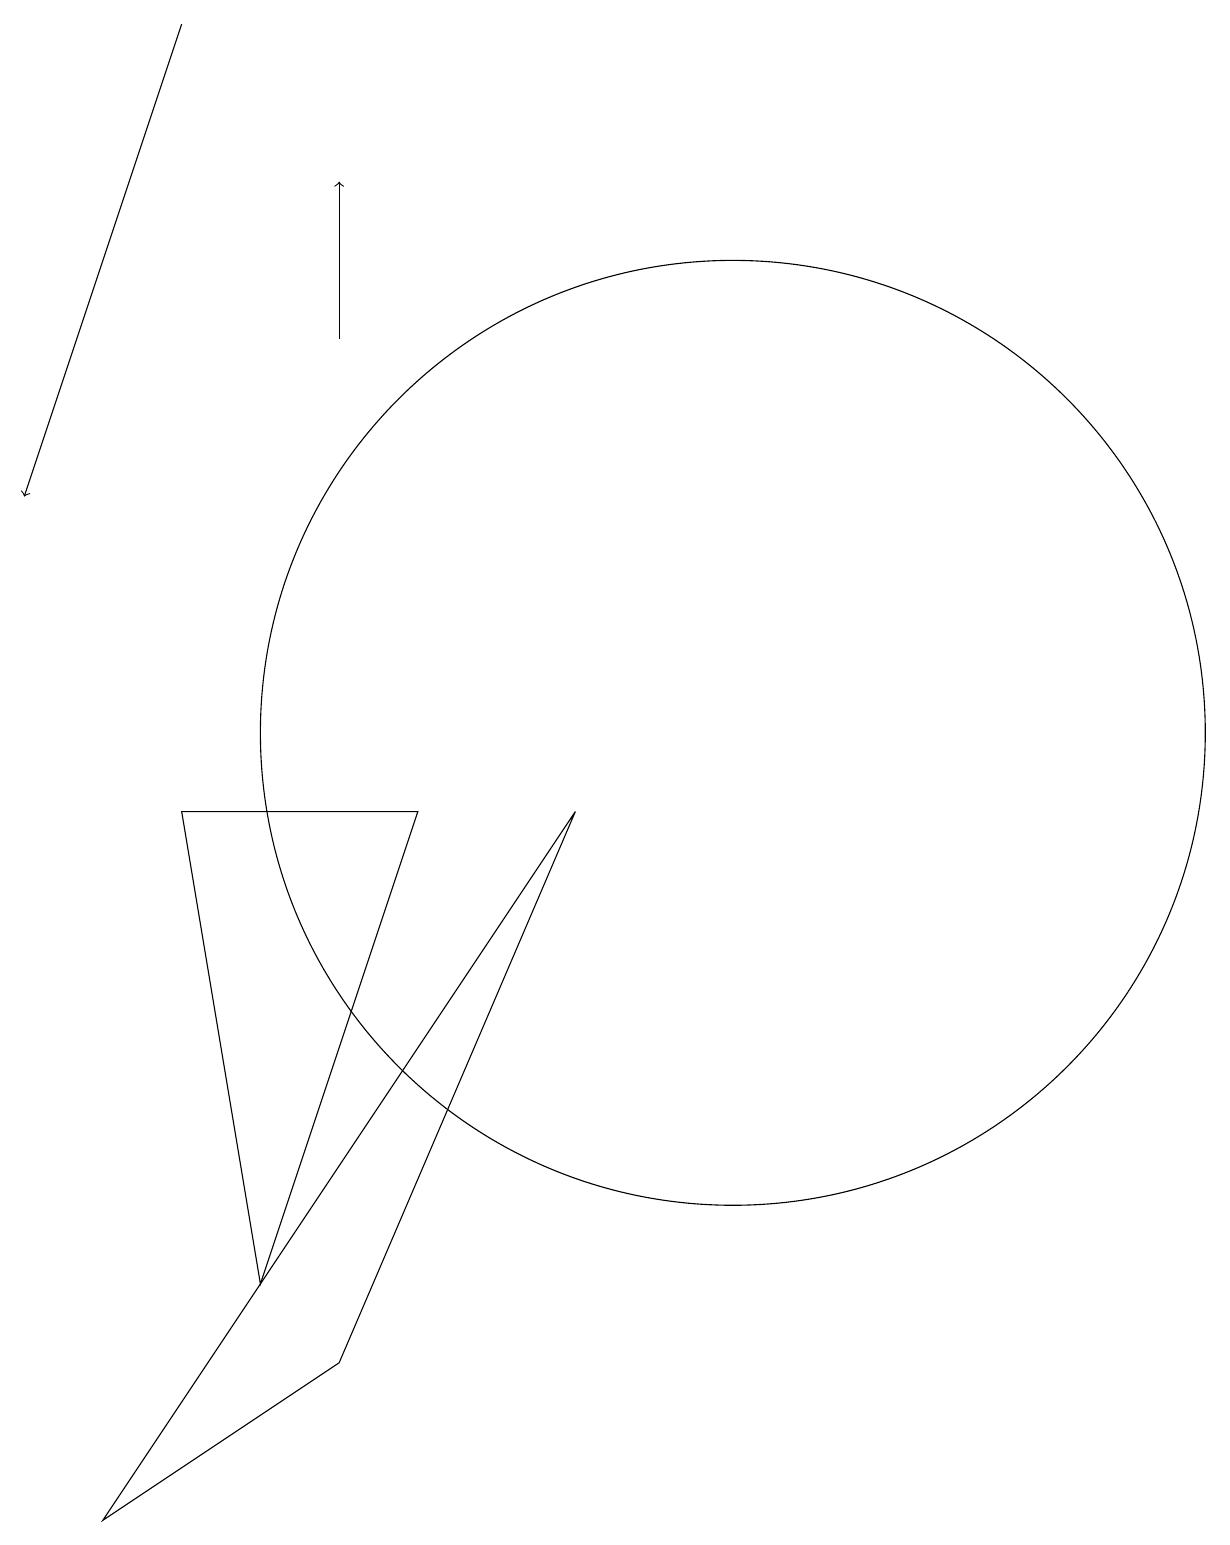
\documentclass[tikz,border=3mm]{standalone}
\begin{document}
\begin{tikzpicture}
\draw[->] (6,15) -- (6,17);
\draw (11,10) circle (6);
\draw (7,9) -- (4,9) -- (5,3) -- cycle;
\draw (9,9) -- (3,0) -- (6,2) -- cycle;
\draw[->] (4,19) -- (2,13);
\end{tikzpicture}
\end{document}